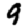
Digit: 9